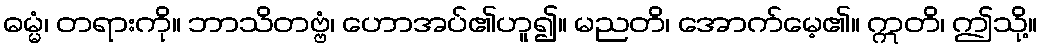
ဓမ္မံ၊ တရားကို။ ဘာသိတဗ္ဗံ၊ ဟောအပ်၏ဟူ၍။ မညတိ၊ အောက်မေ့၏။ ဣတိ၊ ဤသို့။